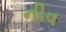
નીવ